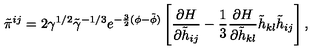
\tilde { \pi } ^ { i j } = 2 \gamma ^ { 1 / 2 } \tilde { \gamma } ^ { - 1 / 3 } e ^ { - \frac { 3 } { 2 } ( \phi - \tilde { \phi } ) } \left[ \frac { \partial H } { \partial \tilde { h } _ { i j } } - \frac { 1 } { 3 } \frac { \partial H } { \partial \tilde { h } _ { k l } } \tilde { h } _ { k l } \tilde { h } _ { i j } \right] ,